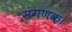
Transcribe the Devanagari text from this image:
संगणक।